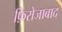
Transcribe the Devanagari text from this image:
फ़िरोजाबाद